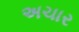
અચાર